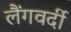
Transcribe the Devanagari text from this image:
लैंगवर्दी